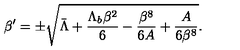
\beta ^ { \prime } = \pm \sqrt { \bar { \Lambda } + \frac { \Lambda _ { b } \beta ^ { 2 } } { 6 } - \frac { \beta ^ { 8 } } { 6 A } + \frac { A } { 6 \beta ^ { 8 } } } .